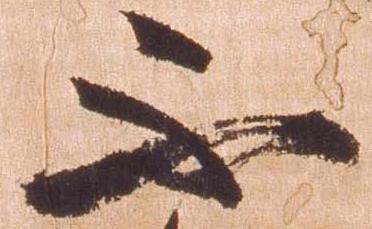
不